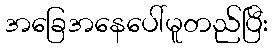
အခြေအနေပေါ်မူတည်ပြီး